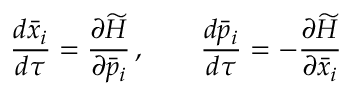
\frac { d \bar { x } _ { i } } { d \tau } = \frac { \partial \widetilde { H } } { \partial \bar { p } _ { i } } \, , \qquad \frac { d \bar { p } _ { i } } { d \tau } = - \frac { \partial \widetilde { H } } { \partial \bar { x } _ { i } }